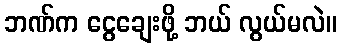
ဘဏ်က ငွေချေးဖို့ ဘယ် လွယ်မလဲ။